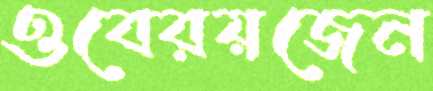
ওবেরয়জেন